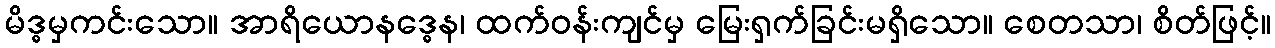
မိဒ္ဓမှကင်းသော။ အာရိယောနဒ္ဓေန၊ ထက်ဝန်းကျင်မှ မြေးရှက်ခြင်းမရှိသော။ စေတသာ၊ စိတ်ဖြင့်။